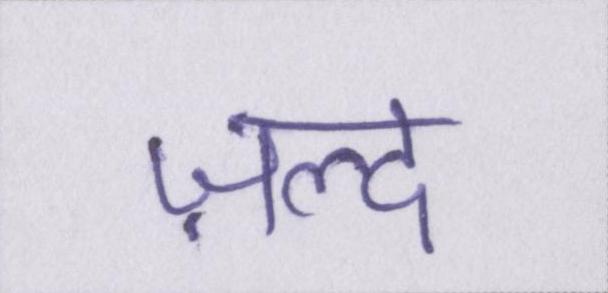
ज़ल्द